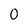
Character: 0